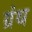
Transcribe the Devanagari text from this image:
ग्रंथ्‍ा